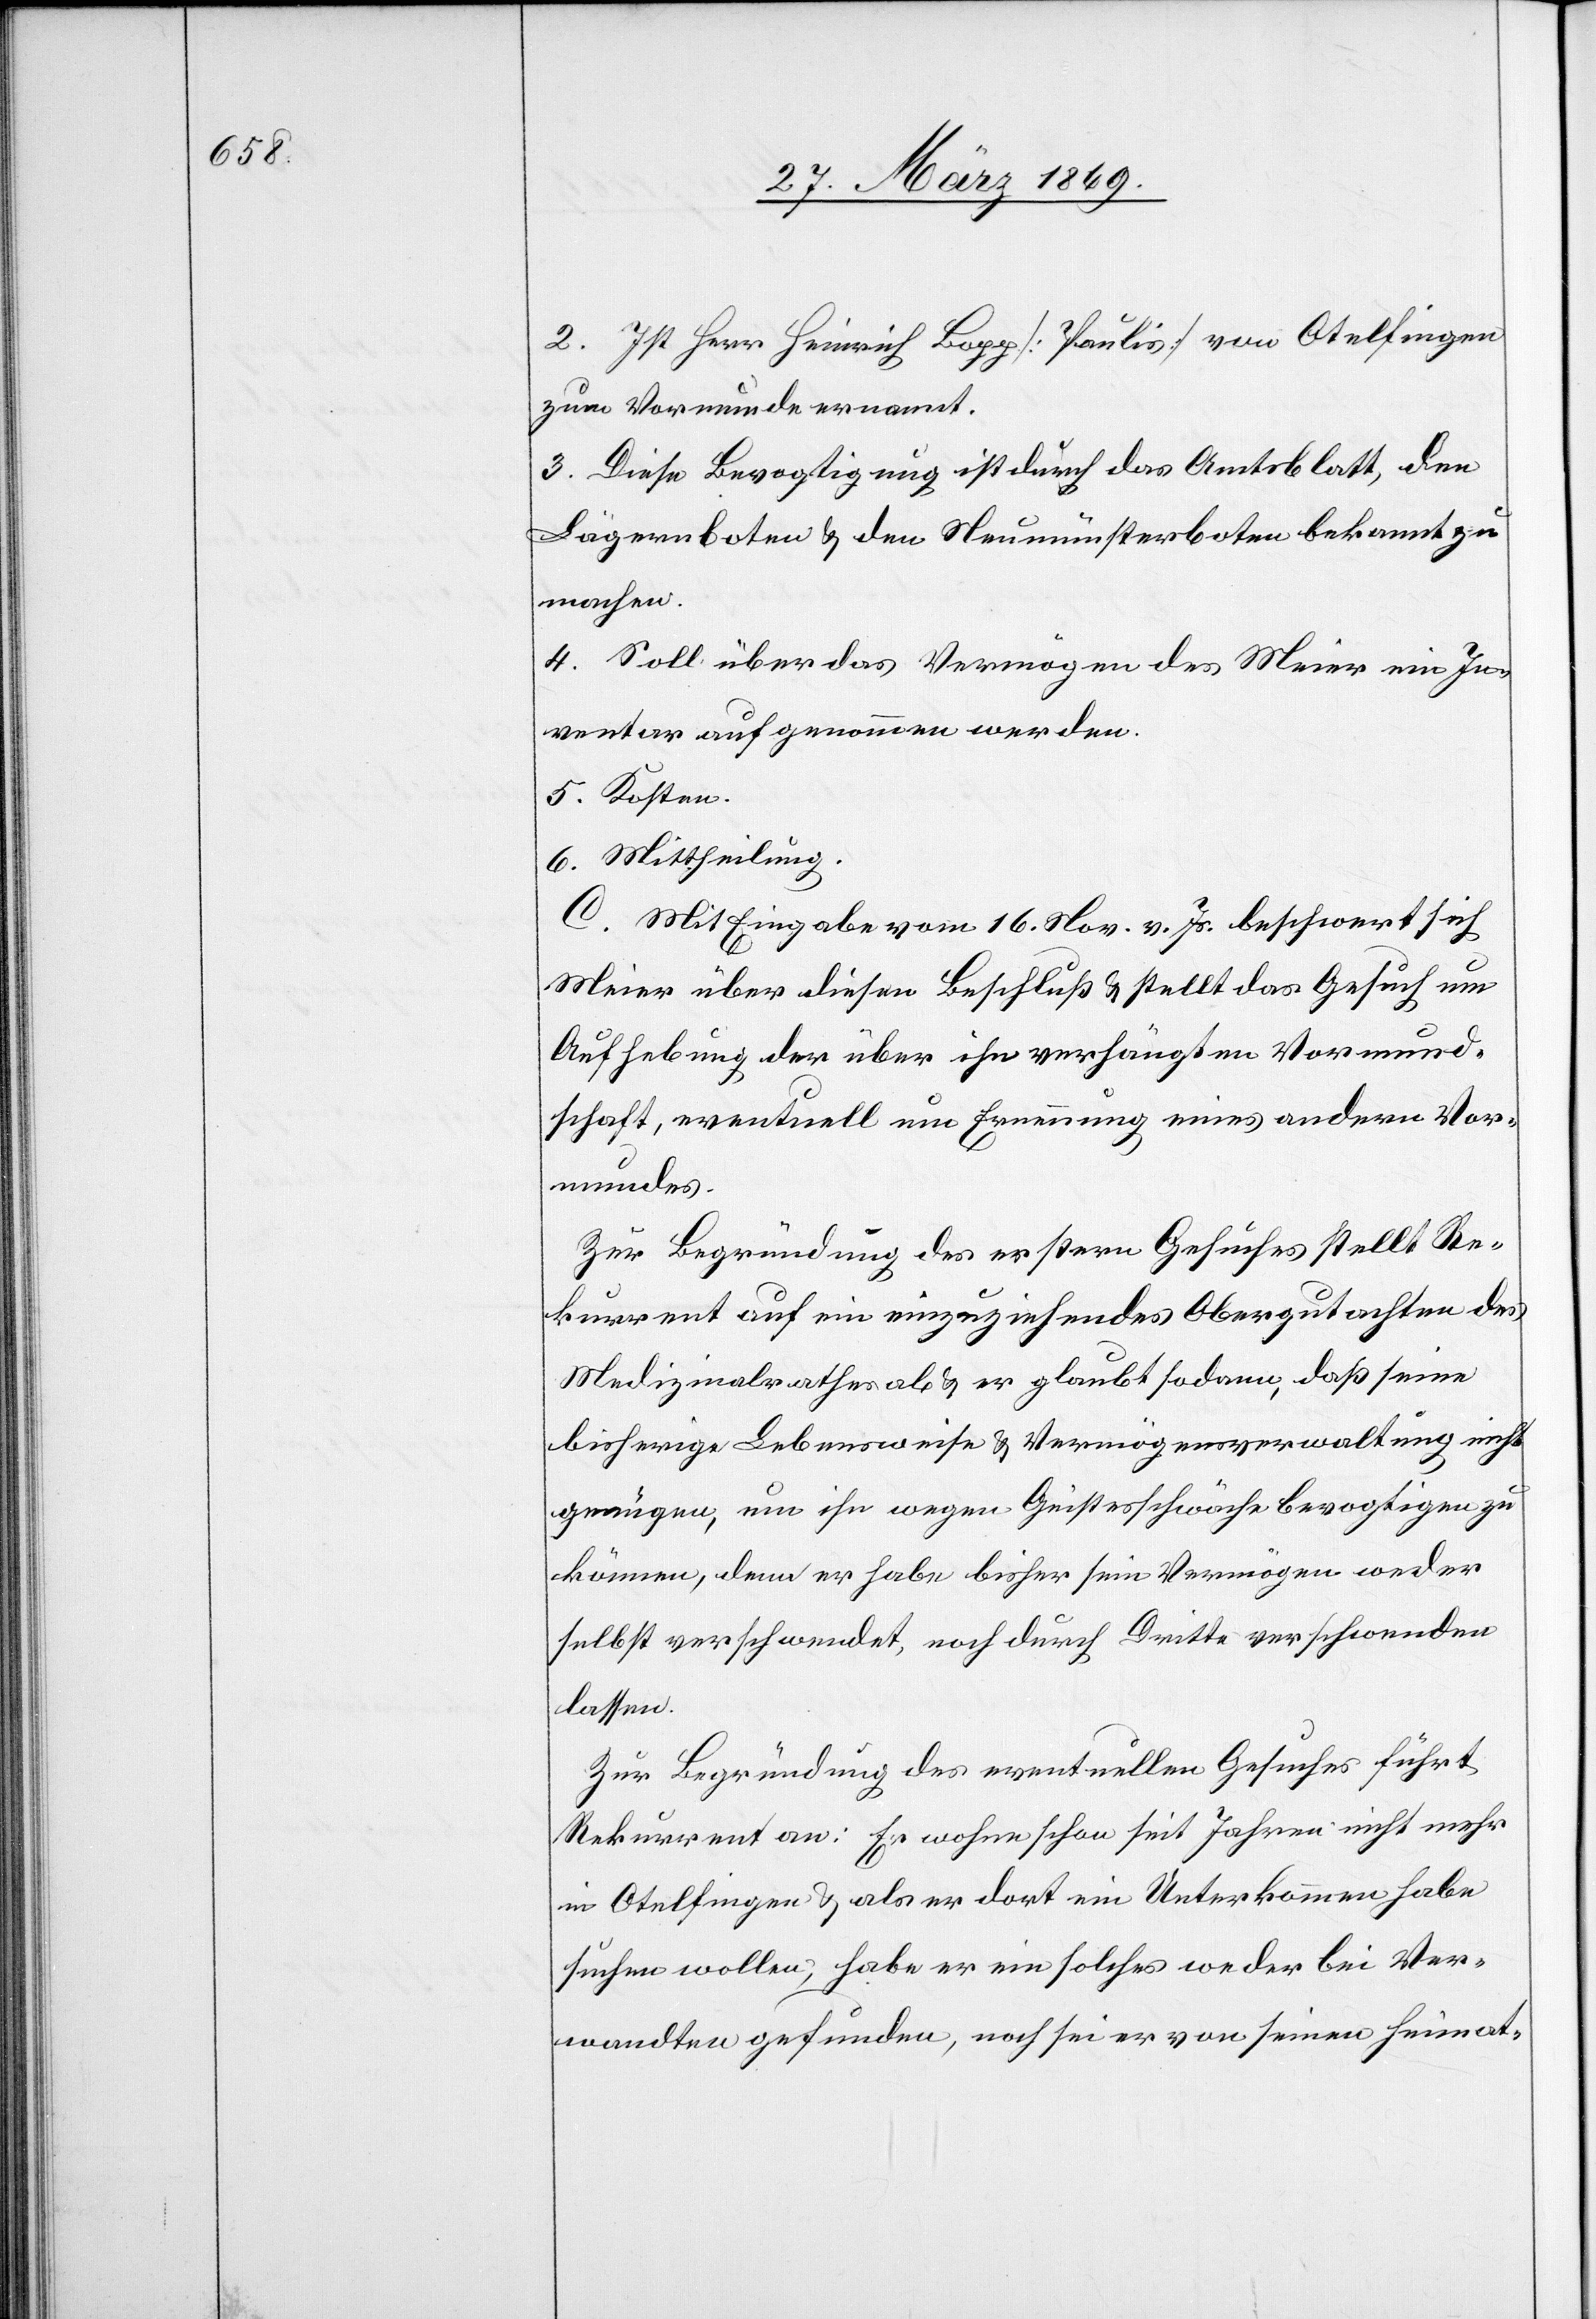
2. Ist Herr Heinrich Bopp [Paulis] von Otelfingen
zum Vormund ernannt.
3. Diese Bevogtigung ist durch das Amtsblatt, den
Lägernboten u. dem Neumünsterboten bekannt zu
machen.
4. Soll über das Vermögen des Meier ein In¬
ventar aufgenommen werden.
5. Kosten.
6. Mittheilung.
C. Mit Eingabe vom 16. Nov v. Js. beschwert sich
Meier über diesen Beschluß u. stellt das Gesuch um
Aufhebung der über ihn verhängten Vormund¬
schaft eventuell um Ernennung eines andern Vor¬
mundes.
Zur Begründung des erstern Gesuches stellt Re¬
kurrent auf ein einzuziehendes Obergutachten des
Medizinalrathes ab u. er glaubt sodann, daß seine
bisherige Lebensweise u. Vermögensverwaltung nicht
genügen, um ihn wegen Geistesschwäche bevogtigen zu
können, denn er habe bisher seine Vermögen weder
selbst verschwendet, noch durch Dritte verschwenden
lassen.
Zur Begründung des eventuellen Gesuches führt
Rekurrent an: Er wohne schon seit Jahren nicht mehr
in Otelfingen u. als er dort ein Unterkommen habe
suchen wollen, habe er ein solches weder bei Ver¬
wandten gefunden, noch sei er von seinen heimat-